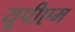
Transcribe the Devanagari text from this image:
यूपीएम